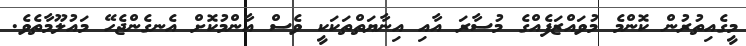
މީގެއިތުރުން ކޮންމެ މުވައްޒަފެއްގެ މުސާރަ އާއި އިނާޔަތްތަކަކީ ވެސް އާންމުކޮށް އެނގެންޖެހޭ މައުލޫމާތެވެ.